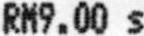
RM9.00 S